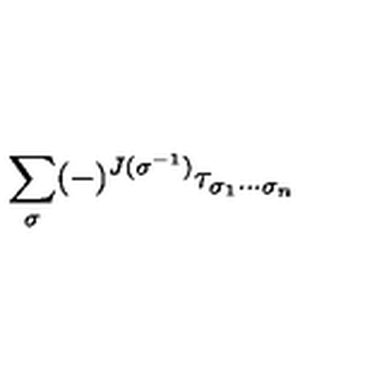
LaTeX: \sum _ { \sigma } ( - ) ^ { J ( \sigma ^ { - 1 } ) } \tau _ { \sigma _ { 1 } \cdots \sigma _ { n } }